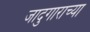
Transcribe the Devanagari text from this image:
जादुगाराच्या